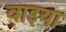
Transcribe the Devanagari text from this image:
वाइया